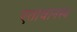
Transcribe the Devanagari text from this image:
एतावानस्य